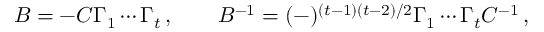
B = - { \cal C } \Gamma _ { 1 } \cdots \Gamma _ { t } \, , \qquad B ^ { - 1 } = ( - ) ^ { ( t - 1 ) ( t - 2 ) / 2 } \Gamma _ { 1 } \cdots \Gamma _ { t } { \cal C } ^ { - 1 } \, ,